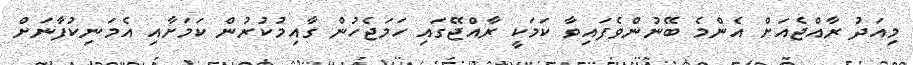
މިއަދު ރާއްޖެއަށް އެންމެ ބޭނުންވެފައިވާ ކަމަކީ ރާއްޖޭގައި ހަމަޖެހުން ގާއިމުކުރުން ކަމަށާއި އެމަނިކުފާނަށް